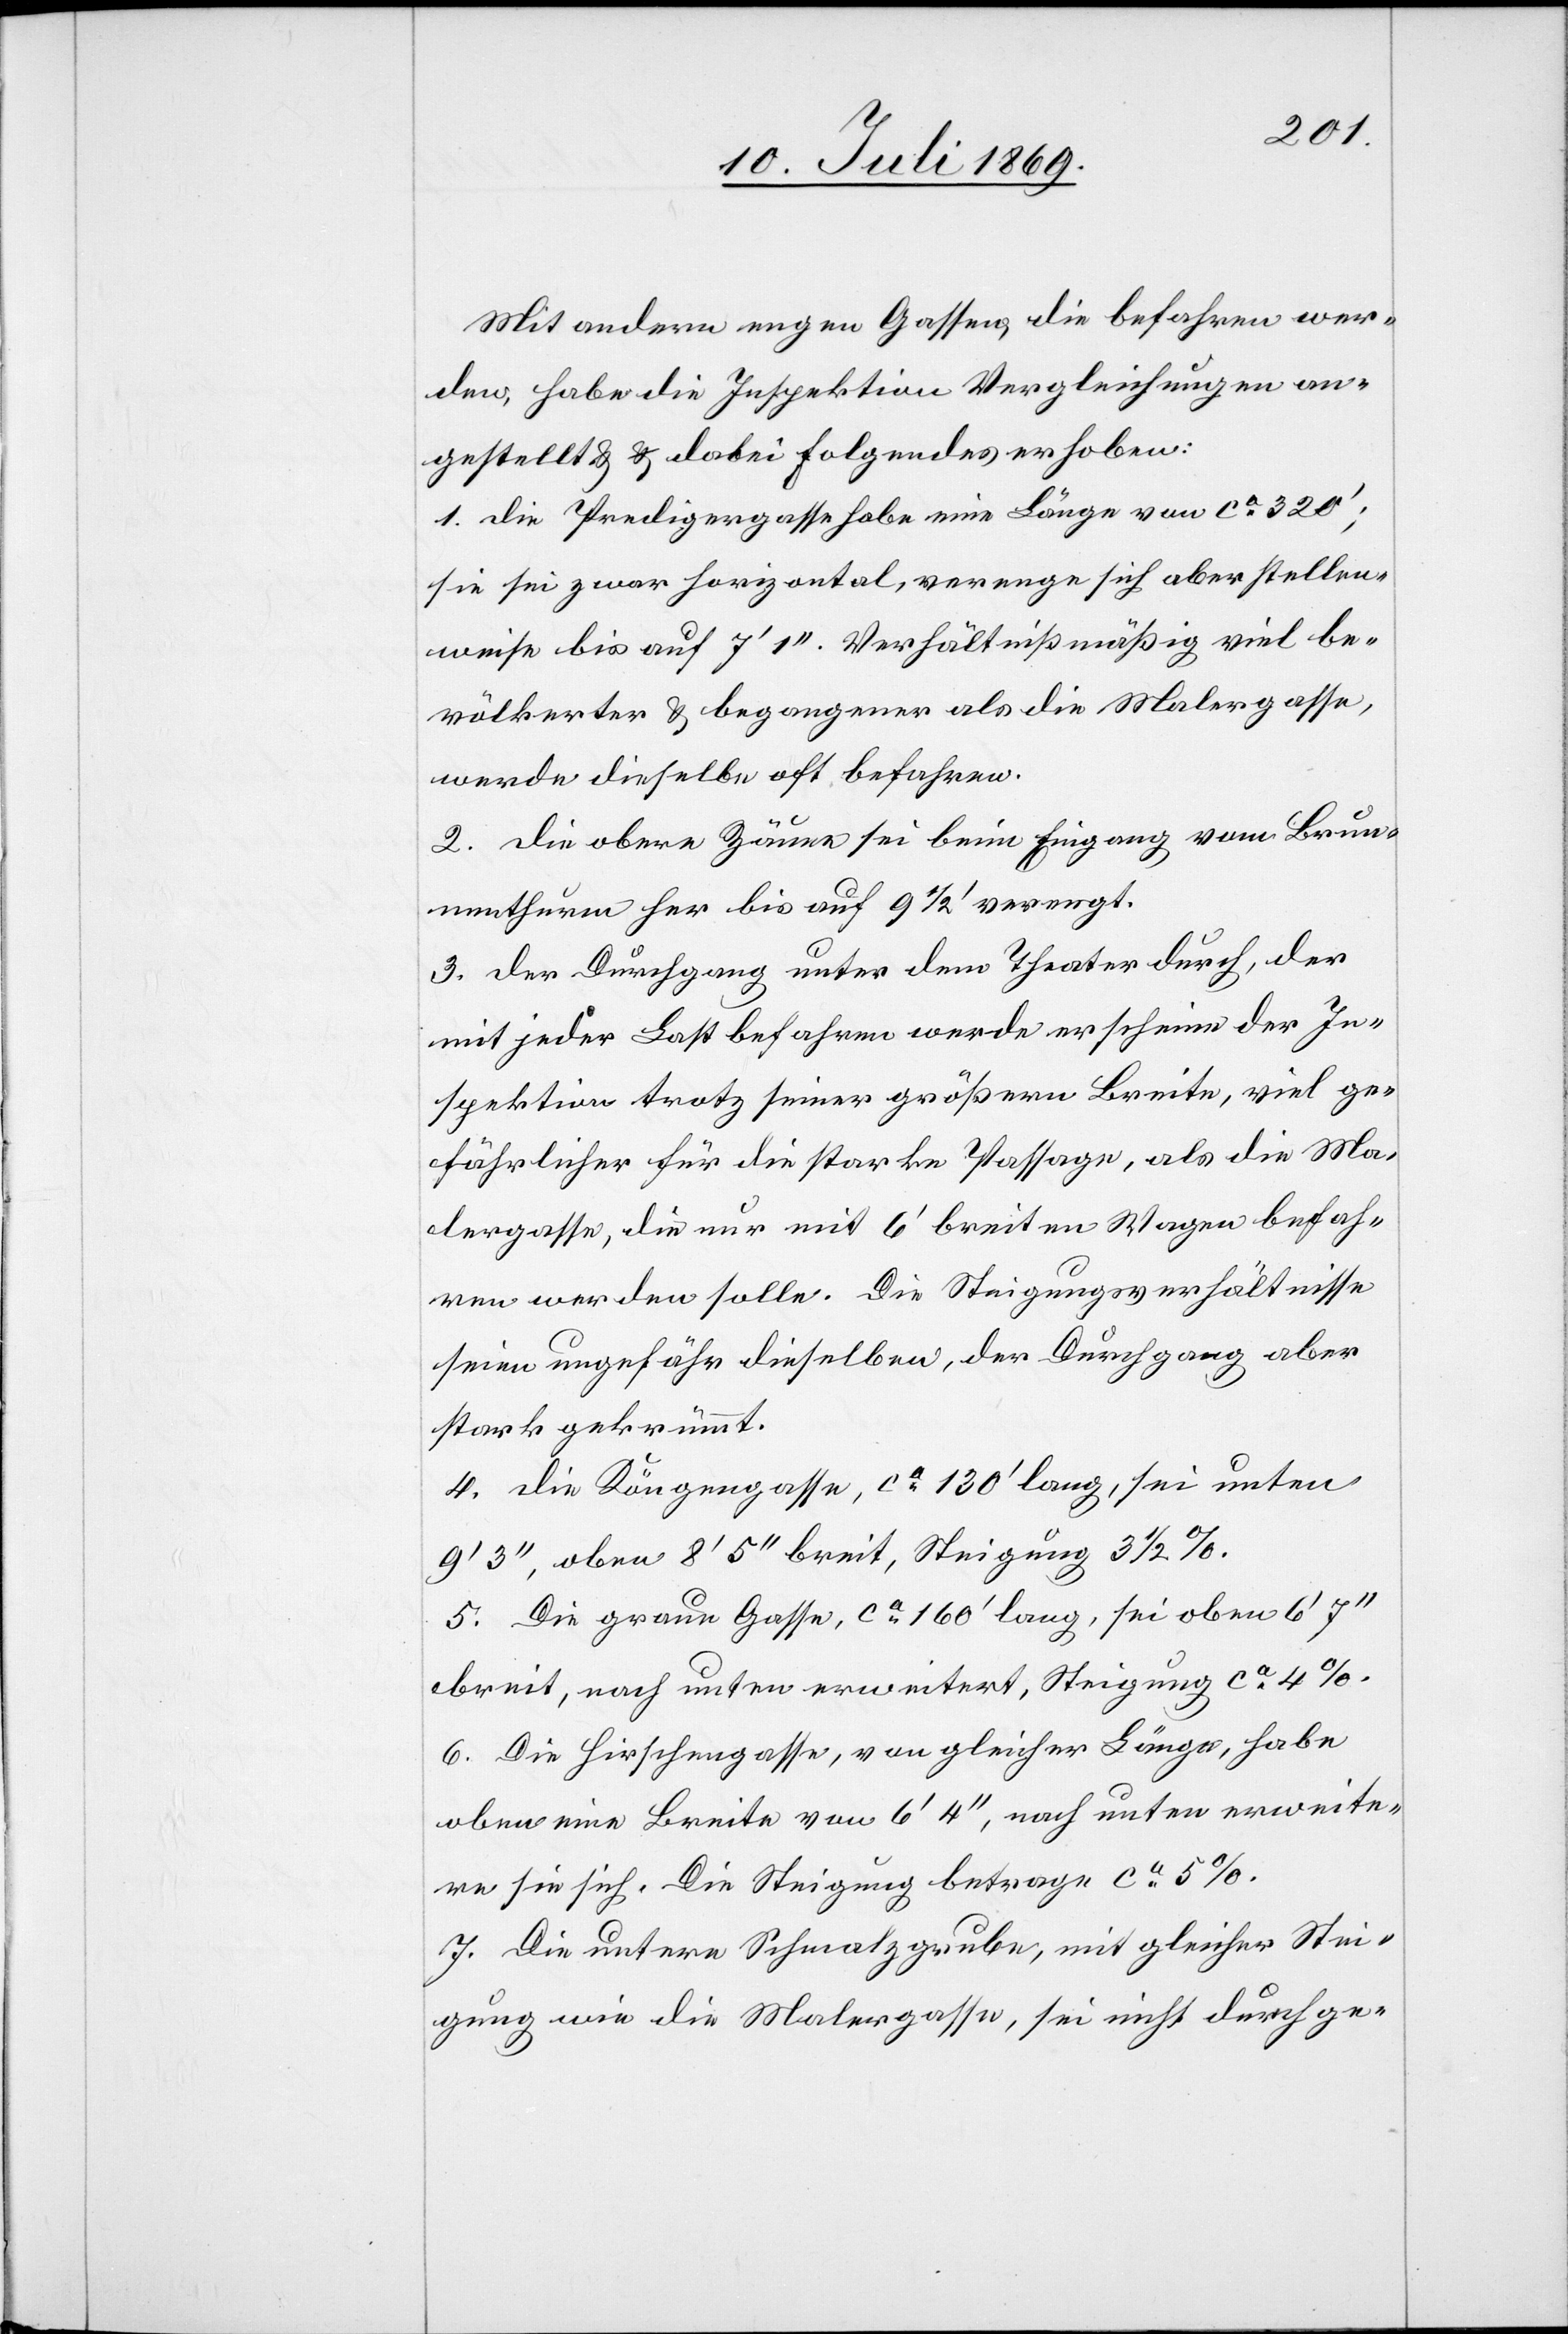
Mit andern engen Gassen, die befahren wer¬
den, habe die Inspektion Vergleichung an¬
gestellt u. dabei Folgendes erhoben:
1. die Predigergasse habe eine Länge von ca 320’;
sie sei zwar horizontal, verenge sich aber stellen¬
weise bis auf 7’ 1“. Verhältnißmäßig viel be¬
völkerter u. begangener als die Malergasse,
werde dieselbe oft befahren.
2. die obere Zäume sei beim Eingang vom Brun¬
nenthurm her bis auf 9 1/2' verengt.
3. der Durchgang unter dem Theater durch, der
mit jeder Last befahren werde erscheine der In¬
spektion trotz seiner größern Breite, viel ge¬
fährlicher für die starke Passage, als die Ma¬
lergasse, die nur mit 6’ breiten Wagen befah¬
ren werden solle. Die Steigungsverhältnisse
seien ungefähr dieselben, der Durchgang aber
stark gekrümmt.
4. die Köngengasse, ca 130’ lang, sei untern
9’ 3“, oben 8’ 5“ breit, Steigung 3 1/2 %.
5. Die graue Gasse, ca 160’ lang, sei oben 6’ 7“
breit, nach unten erweitert, Steigung ca 4 %.
6. Die Hirschengasse, von gleicher Länge, habe
oben eine Breite von 6’ 4“, nach unten erweite¬
re sie sich. Die Steigung betrage ca 5 %.
7. Die untere Schmalzgrube, mit gleicher Stei¬
gung wie die Malergasse, sei nicht durchge-